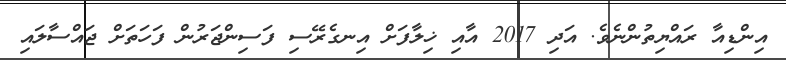
އިންޑިއާ ރައްޔިތުންނެވެ. އަދި 2017 އާއި ޚިލާފަށް އިނގެރޭސި ފަސިންޖަރުން ފަހަތަށް ޖައްސާލައި